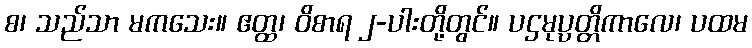
စ၊ သည်သာ မကသေး။ ဧတ္ထ၊ ဝိစာရ ၂-ပါးတို့တွင်။ ပဌမုပ္ပတ္တိကာလေ၊ ပထမ